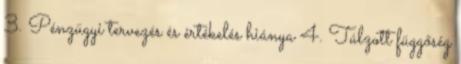
3. Pénzügyi tervezés és értékelés hiánya 4. Túlzott függőség